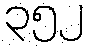
၃၅၂